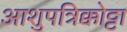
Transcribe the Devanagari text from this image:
आशुपत्रिक्कोट्टा